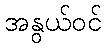
အနွယ်ဝင်